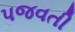
પજવતી